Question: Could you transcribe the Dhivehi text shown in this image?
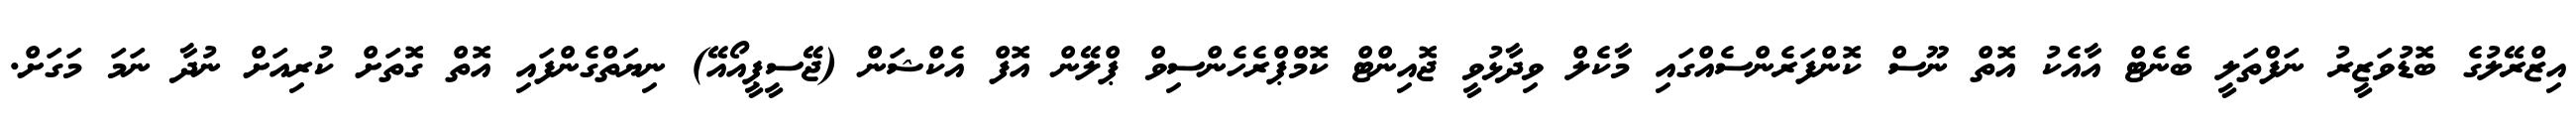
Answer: އިޒްރޭލުގެ ބޮޑުވަޒީރު ނަފްތަލީ ބެނެޓް އާއެކު އޮތް ނޫސް ކޮންފަރެންސެއްގައި މާކެލް ވިދާޅުވީ ޖޮއިންޓް ކޮމްޕްރެހެންސިވް ޕްލޭން އޮފް އެކްޝަން (ޖޭސީޕީއޯއޭ) ނިޔަތްގެންފައި އޮތް ގޮތަށް ކުރިއަށް ނުދާ ނަމަ މަގަށް.